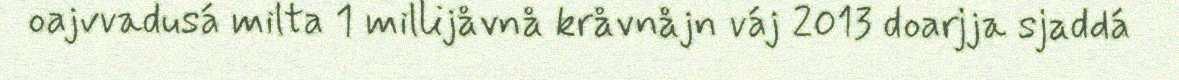
oajvvadusá milta 1 millijåvnå kråvnåjn váj 2013 doarjja sjaddá